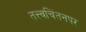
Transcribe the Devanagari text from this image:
तत्त्वचिंतनपर